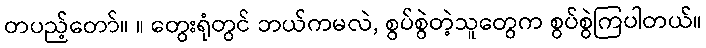
တပည့်တော်။ ။ တွေးရုံတွင် ဘယ်ကမလဲ, စွပ်စွဲတဲ့သူတွေက စွပ်စွဲကြပါတယ်။